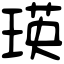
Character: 瑛